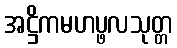
အဋ္ဌိကမဟပ္ဖလသုတ္တ